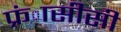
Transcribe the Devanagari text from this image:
फ्रंासीसी